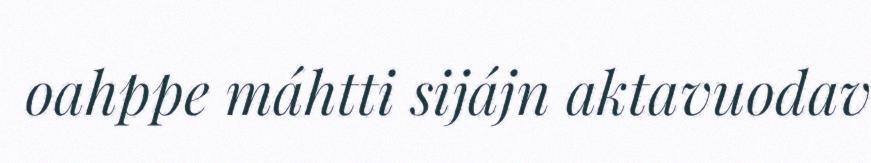
oahppe máhtti sijájn aktavuodav